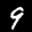
Label: 9